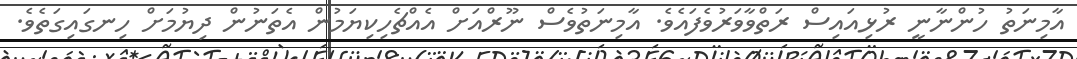
އާމިނަތު ހުންނާނީ ރުޅިއައިސް ރަތްވާވަރުވެފައެވެ. އާމިނަތުވެސް ނޫރްއަށް އެއްޗެހިކިޔަމުން އެތަނުން ދިޔުމަށް ހިނގައިގަތެވެ.